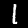
Label: 1